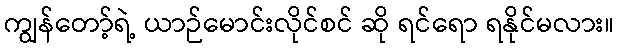
ကျွန်တော့်ရဲ့ ယာဉ်မောင်းလိုင်စင် ဆို ရင်ရော ရနိုင်မလား။